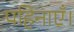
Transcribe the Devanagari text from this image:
पहिनाएँ।